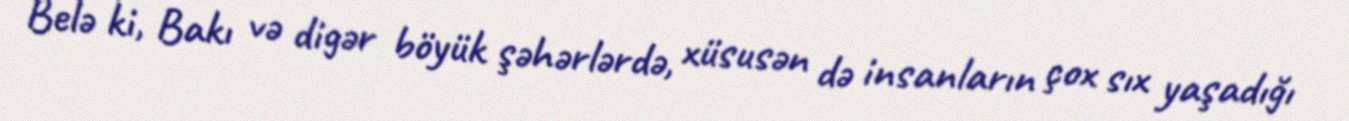
Belə ki, Bakı və digər böyük şəhərlərdə, xüsusən də insanların çox sıx yaşadığı